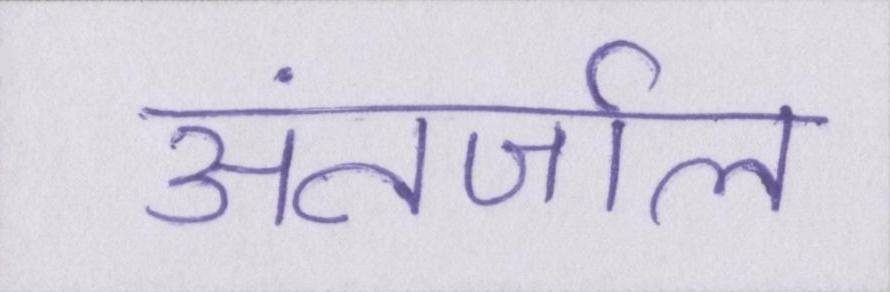
अंतर्जाल